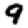
Digit: 9